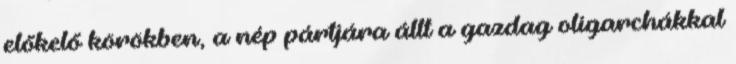
előkelő körökben, a nép pártjára állt a gazdag oligarchákkal